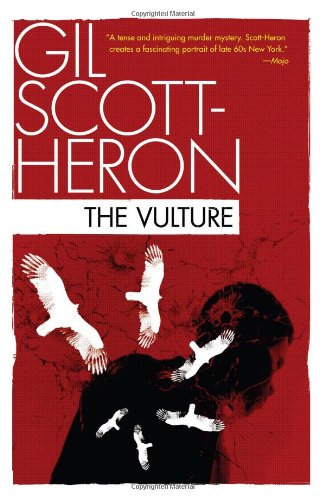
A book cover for The Vulture; Gil Scott-Heron; Mystery, Thriller & Suspense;